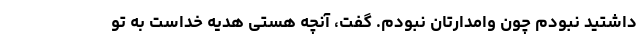
داشتید نبودم چون وامدارتان نبودم. گفت، آنچه هستی هدیه خداست به تو